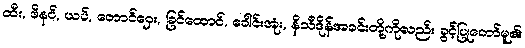
ထီး, ဖိနပ်, ယပ်, တောင်ဝှေး, ခြင်ထောင်, ခေါင်းအုံး, နိသီဒိုန်အခင်းတို့ကိုလည်း ခွင့်ပြုတော်မူ၏၊